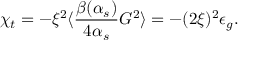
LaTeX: \chi _ { t } = - \xi ^ { 2 } \langle { \frac { \beta ( \alpha _ { s } ) } { 4 \alpha _ { s } } } G ^ { 2 } \rangle = - ( 2 \xi ) ^ { 2 } \epsilon _ { g } .